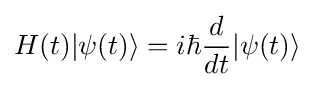
H(t)|\psi (t)\rangle =i\hbar {\frac {d}{dt}}|\psi (t)\rangle